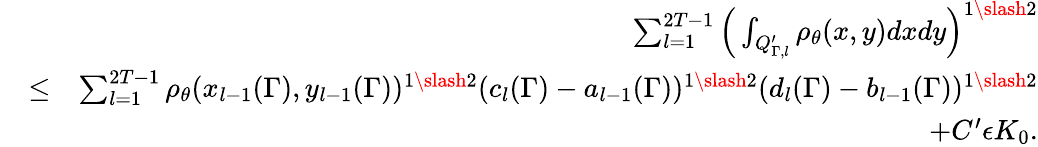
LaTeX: \begin{array}{rlr}&{}&{\sum_{l=1}^{2T-1}\Big(\int_{Q_{\Gamma,l}^{\prime}}\rho_{\theta}(x,y)dxdy\Big)^{1\slash 2}}\\ &{\leq}&{\sum_{l=1}^{2T-1}\rho_{\theta}(x_{l-1}(\Gamma),y_{l-1}(\Gamma))^{1\slash 2}(c_{l}(\Gamma)-a_{l-1}(\Gamma))^{1\slash 2}(d_{l}(\Gamma)-b_{l-1}(\Gamma))^{1\slash 2}}\\ &{}&{+C^{\prime}\epsilon K_{0}.}\end{array}